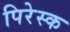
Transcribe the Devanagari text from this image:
पिरेस्क